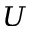
U